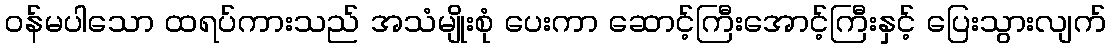
ဝန်မပါသော ထရပ်ကားသည် အသံမျိုးစုံ ပေးကာ ဆောင့်ကြီးအောင့်ကြီးနှင့် ပြေးသွားလျက်